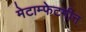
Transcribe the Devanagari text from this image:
मेटाम्फेटमीन